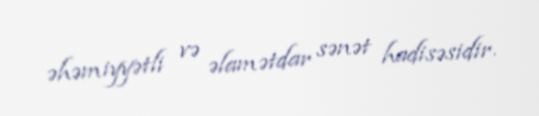
əhəmiyyətli və əlamətdar sənət hadisəsidir.